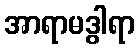
အာရာမဒွါရာ